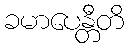
ခမာပေန္တီတိ